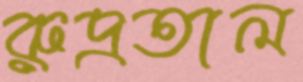
রুদ্রতাল